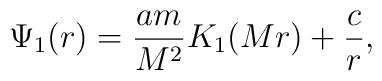
\Psi_1(r) = \frac{am}{M^2} K_1(Mr) + \frac{c}{r},